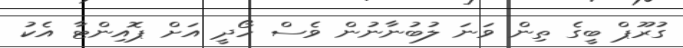
ގުރޫޕް ބީގެ ތިން ވަނަ ލުބުނާނުން ވެސް ހޯދީ އަށް ޕޮއިންޓާ އެކު